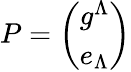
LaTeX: P=\left(\begin{array}{l}{{g^{\Lambda}}}\\ {{e_{\Lambda}}}\end{array}\right)